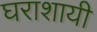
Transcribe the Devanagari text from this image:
घराशायी